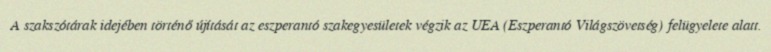
A szakszótárak idejében történő újítását az eszperantó szakegyesületek végzik az UEA (Eszperantó Világszövetség) felügyelete alatt.